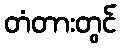
တံတားတွင်